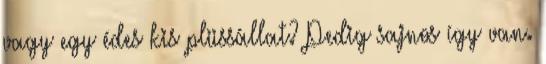
vagy egy édes kis plüssállat? Pedig sajnos így van.